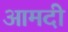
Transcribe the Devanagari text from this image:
आमदी